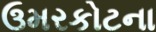
ઉમરકોટના